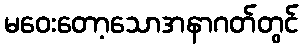
မဝေးတော့သောအနာဂတ်တွင်